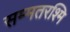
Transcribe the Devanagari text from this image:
सम्मतरश्मि